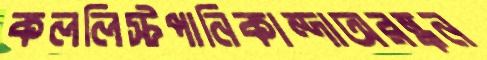
কললিস্টপানিকান্দাঅরন্ধন